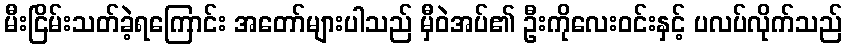
မီးငြိမ်းသတ်ခဲ့ရကြောင်း အတော်များပါသည် မှီဝဲအပ်၏ ဦးကိုလေးဝင်းနှင့် ပလပ်လိုက်သည်